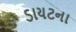
ડાયટના